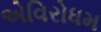
એવિરોધમ